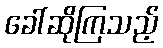
ခေါ်ဆိုကြသည့်